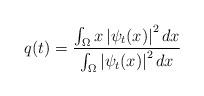
LaTeX: \begin{align*}q(t)=\frac{\int \nolimits_{\Omega }x\left \vert \psi _{t}(x)\right \vert^{2}dx}{\int \nolimits_{\Omega }\left \vert \psi _{t}(x)\right \vert ^{2}dx} \end{align*}